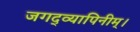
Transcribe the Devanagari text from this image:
जगद्व्यापिनीम्।